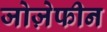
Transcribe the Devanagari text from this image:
जोज़ेफीन